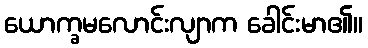
ယောက္ခမလောင်းလျာက ခေါင်းမာ၏။